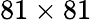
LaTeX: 81\times 81